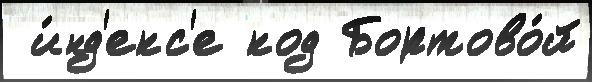
 и́нд'екс'е код Бортово́й